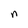
Character: n